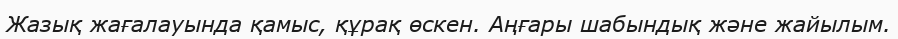
Жазық жағалауында қамыс, құрақ өскен. Аңғары шабындық және жайылым.